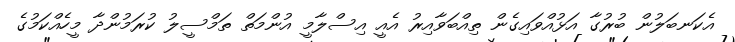
އެކަނބަލުން ބުރުގާ އަޅުއްވައިގެން ތިއްބަވާއިރު އެއީ އިސްލާމީ އުންމަތް ތަމްސީލު ކުރަމުންދާ މީހެއްކަމުގެ